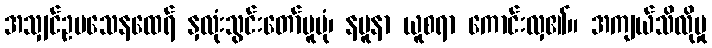
အသျှင်ဥပသေနထေရ် နှလုံးသွင်းတော်မူပုံ၊ နမူနာ ယူစရာ ကောင်းလှ၏။ အကျယ်သိလိုမှု